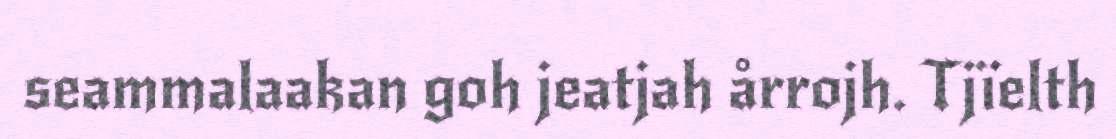
seammalaakan goh jeatjah årrojh. Tjïelth